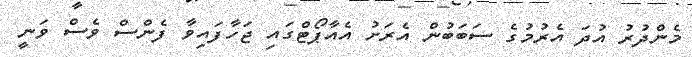
މެންދުރު އުދަ އެރުމުގެ ސަބަބުން އެރަށު އެއާޕޯޓްގައި ޖަހާފައިވާ ފެންސް ވެސް ވަނީ